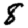
Digit: 8